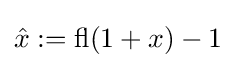
{\hat {x}}:=\operatorname {fl} (1+x)-1